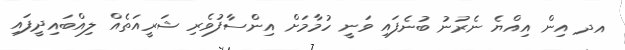
އދ އިން އިއްޔެ ނެރުނު ބުނެފައި ވަނީ ހުމާމަށް އިންސާފުވެރި ޝަރީއަތެއް ލިއްބައިދީފައި